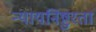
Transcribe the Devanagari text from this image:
न्यायनिष्टुरता